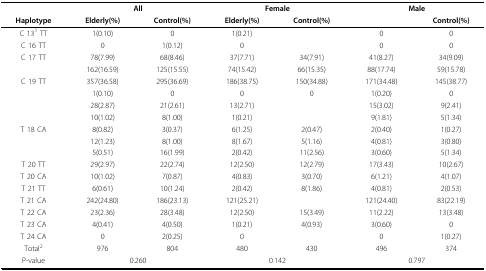
<table><thead><tr><td>[EMPTY_CELL]</td><td colspan="2"><b>All</b></td><td colspan="2"><b>Female</b></td><td colspan="2"><b>Male</b></td></tr><tr><td><b>Haplotype</b></td><td><b>Elderly(%)</b></td><td><b>Control(%)</b></td><td><b>Elderly(%)</b></td><td><b>Control(%)</b></td><td>[EMPTY_CELL]</td><td><b>Control(%)</b></td></tr></thead><tbody><tr><td>C 13<sup>1 </sup>TT</td><td>1(0.10)</td><td>0</td><td>1(0.21)</td><td>[EMPTY_CELL]</td><td>0</td><td>0</td></tr><tr><td>C 16 TT</td><td>0</td><td>1(0.12)</td><td>0</td><td>[EMPTY_CELL]</td><td>0</td><td>0</td></tr><tr><td>C 17 TT</td><td>78(7.99)</td><td>68(8.46)</td><td>37(7.71)</td><td>34(7.91)</td><td>41(8.27)</td><td>34(9.09)</td></tr><tr><td>[EMPTY_CELL]</td><td>162(16.59)</td><td>125(15.55)</td><td>74(15.42)</td><td>66(15.35)</td><td>88(17.74)</td><td>59(15.78)</td></tr><tr><td>C 19 TT</td><td>357(36.58)</td><td>295(36.69)</td><td>186(38.75)</td><td>150(34.88)</td><td>171(34.48)</td><td>145(38.77)</td></tr><tr><td>[EMPTY_CELL]</td><td>1(0.10)</td><td>0</td><td>0</td><td>0</td><td>1(0.20)</td><td>0</td></tr><tr><td>[EMPTY_CELL]</td><td>28(2.87)</td><td>21(2.61)</td><td>13(2.71)</td><td>[EMPTY_CELL]</td><td>15(3.02)</td><td>9(2.41)</td></tr><tr><td>[EMPTY_CELL]</td><td>10(1.02)</td><td>8(1.00)</td><td>1(0.21)</td><td>[EMPTY_CELL]</td><td>9(1.81)</td><td>5(1.34)</td></tr><tr><td>T 18 CA</td><td>8(0.82)</td><td>3(0.37)</td><td>6(1.25)</td><td>2(0.47)</td><td>2(0.40)</td><td>1(0.27)</td></tr><tr><td>[EMPTY_CELL]</td><td>12(1.23)</td><td>8(1.00)</td><td>8(1.67)</td><td>5(1.16)</td><td>4(0.81)</td><td>3(0.80)</td></tr><tr><td>[EMPTY_CELL]</td><td>5(0.51)</td><td>16(1.99)</td><td>2(0.42)</td><td>11(2.56)</td><td>3(0.60)</td><td>5(1.34)</td></tr><tr><td>T 20 TT</td><td>29(2.97)</td><td>22(2.74)</td><td>12(2.50)</td><td>12(2.79)</td><td>17(3.43)</td><td>10(2.67)</td></tr><tr><td>T 20 CA</td><td>10(1.02)</td><td>7(0.87)</td><td>4(0.83)</td><td>3(0.70)</td><td>6(1.21)</td><td>4(1.07)</td></tr><tr><td>T 21 TT</td><td>6(0.61)</td><td>10(1.24)</td><td>2(0.42)</td><td>8(1.86)</td><td>4(0.81)</td><td>2(0.53)</td></tr><tr><td>T 21 CA</td><td>242(24.80)</td><td>186(23.13)</td><td>121(25.21)</td><td>[EMPTY_CELL]</td><td>121(24.40)</td><td>83(22.19)</td></tr><tr><td>T 22 CA</td><td>23(2.36)</td><td>28(3.48)</td><td>12(2.50)</td><td>15(3.49)</td><td>11(2.22)</td><td>13(3.48)</td></tr><tr><td>T 23 CA</td><td>4(0.41)</td><td>4(0.50)</td><td>1(0.21)</td><td>4(0.93)</td><td>3(0.60)</td><td>0</td></tr><tr><td>T 24 CA</td><td>0</td><td>2(0.25)</td><td>0</td><td>[EMPTY_CELL]</td><td>0</td><td>1(0.27)</td></tr><tr><td>Total<sup>2</sup></td><td>976</td><td>804</td><td>480</td><td>430</td><td>496</td><td>374</td></tr><tr><td>P-value</td><td colspan="2">0.260</td><td colspan="2">0.142</td><td colspan="2">0.797</td></tr></tbody></table>